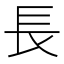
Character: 長